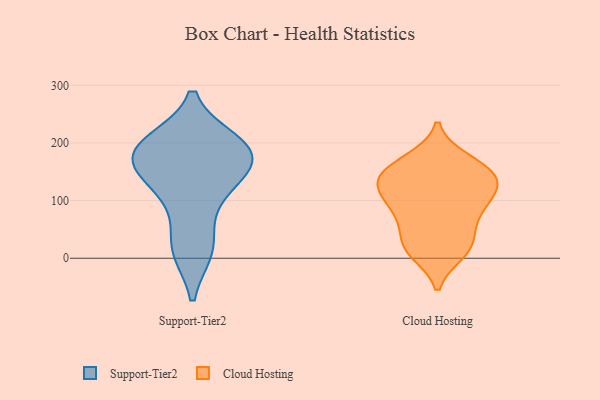
{"axis": {"x": "Website Visitors", "y": "Value"}, "legend": ["Cloud Hosting", "Support-Tier2"], "data": [{"x": "", "y": 178, "type": "Support-Tier2"}, {"x": "", "y": 142, "type": "Support-Tier2"}, {"x": "", "y": 141, "type": "Support-Tier2"}, {"x": "", "y": 190, "type": "Support-Tier2"}, {"x": "", "y": 19, "type": "Support-Tier2"}, {"x": "", "y": 179, "type": "Support-Tier2"}, {"x": "", "y": 100, "type": "Support-Tier2"}, {"x": "", "y": 200, "type": "Support-Tier2"}, {"x": "", "y": 192, "type": "Support-Tier2"}, {"x": "", "y": 16, "type": "Support-Tier2"}, {"x": "", "y": 74, "type": "Cloud Hosting"}, {"x": "", "y": 122, "type": "Cloud Hosting"}, {"x": "", "y": 157, "type": "Cloud Hosting"}, {"x": "", "y": 127, "type": "Cloud Hosting"}, {"x": "", "y": 96, "type": "Cloud Hosting"}, {"x": "", "y": 93, "type": "Cloud Hosting"}, {"x": "", "y": 81, "type": "Cloud Hosting"}, {"x": "", "y": 136, "type": "Cloud Hosting"}, {"x": "", "y": 129, "type": "Cloud Hosting"}, {"x": "", "y": 129, "type": "Cloud Hosting"}, {"x": "", "y": 26, "type": "Cloud Hosting"}, {"x": "", "y": 165, "type": "Cloud Hosting"}, {"x": "", "y": 171, "type": "Cloud Hosting"}, {"x": "", "y": 151, "type": "Cloud Hosting"}, {"x": "", "y": 10, "type": "Cloud Hosting"}, {"x": "", "y": 17, "type": "Cloud Hosting"}, {"x": "", "y": 50, "type": "Cloud Hosting"}, {"x": "", "y": 15, "type": "Cloud Hosting"}]}